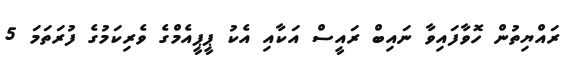
ރައްޔިތުން ހޮވާފައިވާ ނައިބް ރައީސް އަކާއި އެކު ޕީޕީއެމްގެ ވެރިކަމުގެ ފުރަތަމަ 5